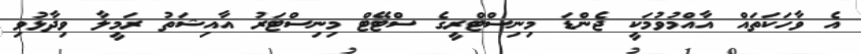
އެ ވާހަކަތައް އާއްމުވުމަކީ ޖެންޑަ މިނިސްޓްރީގެ ސްޓޭޓް މިނިސްޓަރު އާއިޝަތު ރަމީލާ ވިދާޅުވި